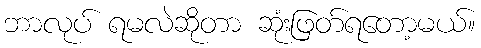
ဘာလုပ် ရမလဲဆိုတာ ဆုံးဖြတ်ရတော့မယ်။